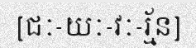
[ជៈ-យៈ-វៈ-រ្ម័ន]